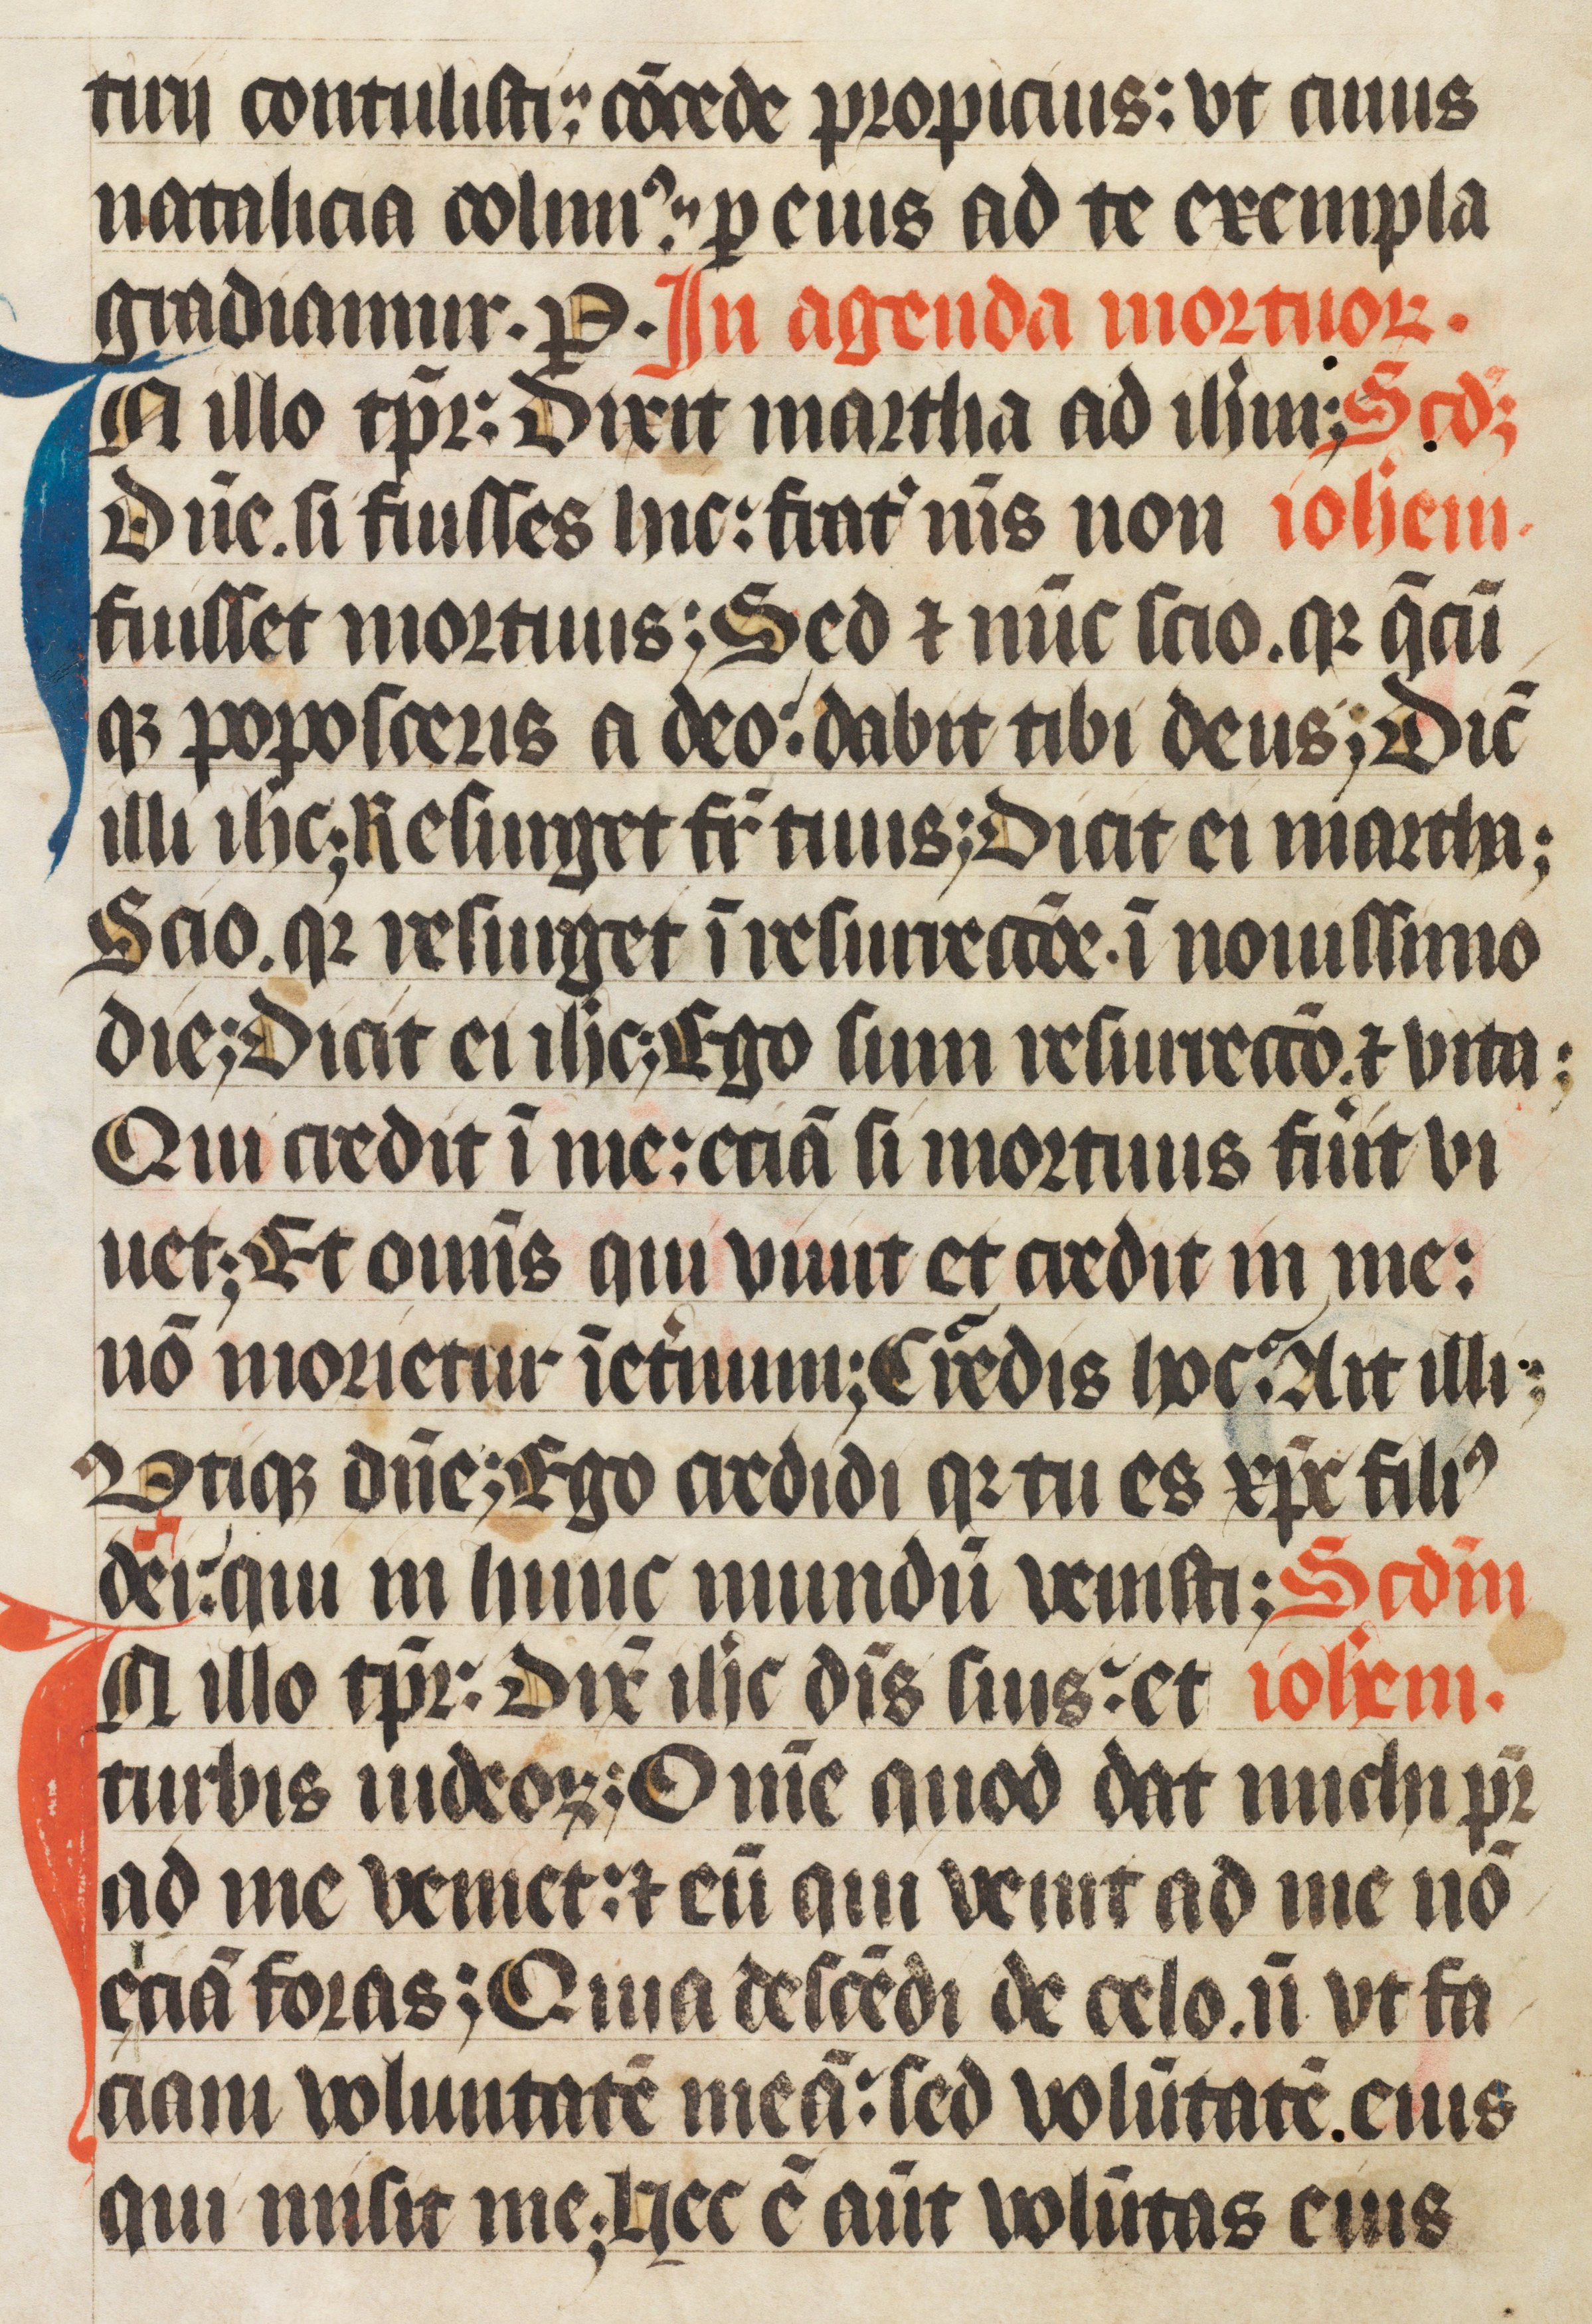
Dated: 1400–1499